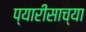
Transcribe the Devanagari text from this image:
प्यारीसाच्या